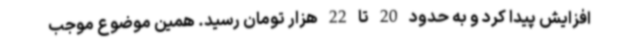
افزایش پیدا کرد و به حدود 20 تا 22 هزار تومان رسید. همین موضوع موجب